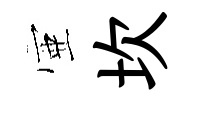
壺坎